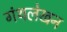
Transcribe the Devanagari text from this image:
गंथलेखन